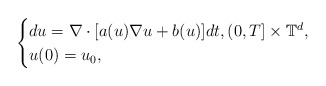
\begin{align*}\begin{cases}du = \nabla \cdot [a(u)\nabla u + b(u)] dt, (0,T]\times\mathbb{T}^d , \\u(0) = u_0 ,\end{cases}\end{align*}